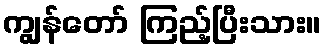
ကျွန်တော် ကြည့်ပြီးသား။